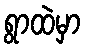
ရွာထဲမှာ